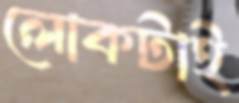
লোকটাই